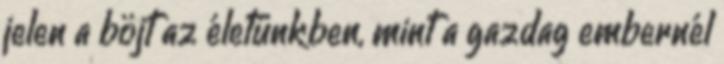
jelen a böjt az életünkben, mint a gazdag embernél